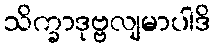
သိက္ခာဒုဗ္ဗလျမာပါဒိ